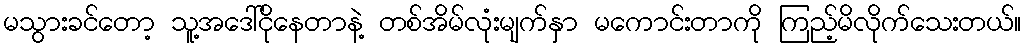
မသွားခင်တော့ သူ့အဒေါ်ငိုနေတာနဲ့ တစ်အိမ်လုံးမျက်နှာ မကောင်းတာကို ကြည့်မိလိုက်သေးတယ်။